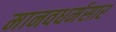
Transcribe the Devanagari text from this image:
मानवधर्मसार